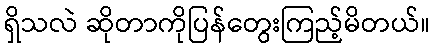
ရှိသလဲ ဆိုတာကိုပြန်တွေးကြည့်မိတယ်။